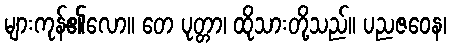
များကုန်၏လော။ တေ ပုတ္တာ၊ ထိုသားတို့သည်။ ပညဇဝေန၊